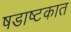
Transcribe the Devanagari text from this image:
षडाष्टकात